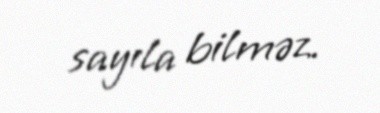
sayıla bilməz.